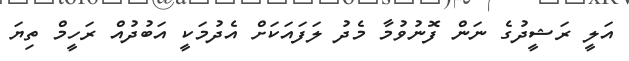
އަލީ ރަޝީދުގެ ނަން ފޮނުވުމާ މެދު ލަފައަކަށް އެދުމަކީ އަބުދުއް ރަހީމް ތިޔަ